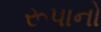
રૂપાનો